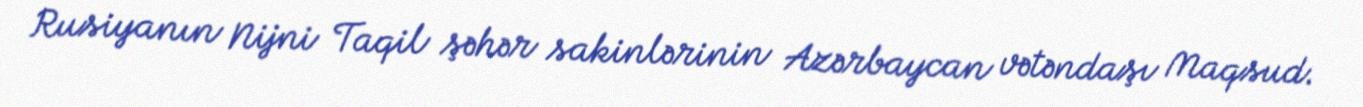
Rusiyanın Nijni Taqil şəhər sakinlərinin Azərbaycan vətəndaşı Maqsud.